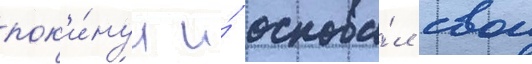
пок'и́нул и́ основа́л свои